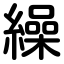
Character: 繰